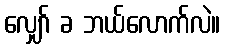
လျှော် ခ ဘယ်လောက်လဲ။